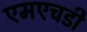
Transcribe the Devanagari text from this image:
एमएचडी